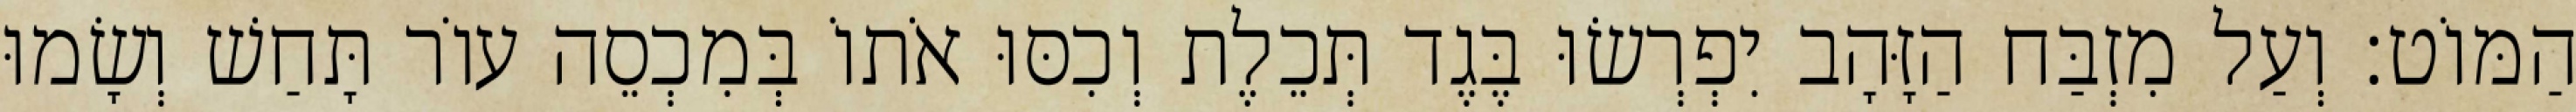
הַמּוֹט׃ וְעַל מִזְבַּח הַזָּהָב יִפְרְשׂוּ בֶּגֶד תְּכֵלֶת וְכִסּוּ אֹתוֹ בְּמִכְסֵה עוֹר תָּחַשׁ וְשָׂמוּ